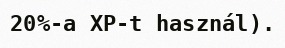
20%-a XP-t használ).